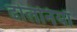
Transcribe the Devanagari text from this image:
ढोलनियाँ